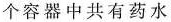
个容器中共有药水